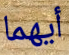
أيهما